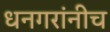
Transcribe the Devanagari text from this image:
धनगरांनीच